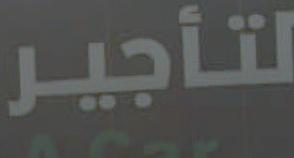
لتأجير